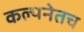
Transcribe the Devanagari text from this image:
कल्पनेतच